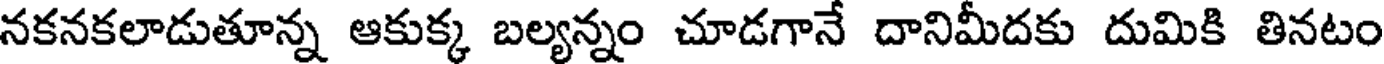
నకనకలాడుతూన్న ఆకుక్క బల్యన్నం చూడగానే దానిమీదకు దుమికి తినటం